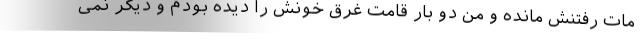
مات رفتنش مانده و من دو بار قامت غرق خونش را دیده بودم و دیگر نمی